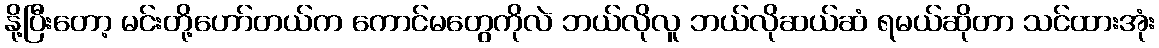
နို့ပြီးတော့ မင်းတို့ဟော်တယ်က ကောင်မတွေကိုလဲ ဘယ်လိုလူ ဘယ်လိုဆယ်ဆံ ရမယ်ဆိုတာ သင်ထားအုံး